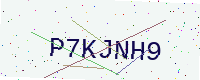
Text: P7KJNH9